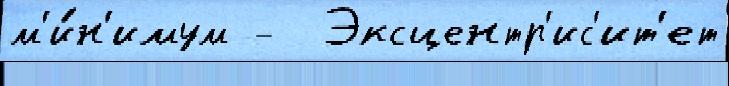
м'и́н'имум -  Эксцентр'ис'ит'ет